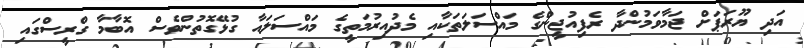
އަދި ޔޫރަޕަށް ޖަމާވަމުންދާ ރެފިއުޖީންގެ މައްސަލަތަކާއި މެދުއިރުމަތީގެ މައްސަލައާ ގުޅޭގޮތުންވެސް އޮބާމާ ގްރީސްގައި